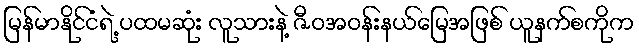
မြန်မာနိုင်ငံရဲ့ ပထမဆုံး လူသားနဲ့ ဇီဝအဝန်းနယ်မြေအဖြစ် ယူနက်စကိုက